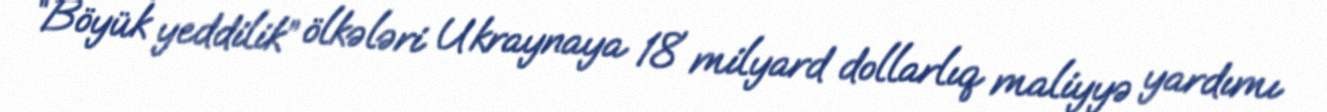
“Böyük yeddilik” ölkələri Ukraynaya 18 milyard dollarlıq maliyyə yardımı